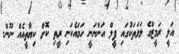
އަލީ ރަމީޒްގެ ލަވަތަކުގައި ފީލް އަންނަނީ ހަމައެކަނި ރީތި ކޮށް ކިޔާތީއެއް ނޫން.